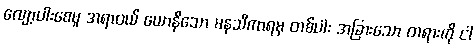
လျော့ပါးစေမှု အရာဝယ် ယောနိသော မနသီကာရမှ တစ်ပါး အခြားသော တရားကို ငါ